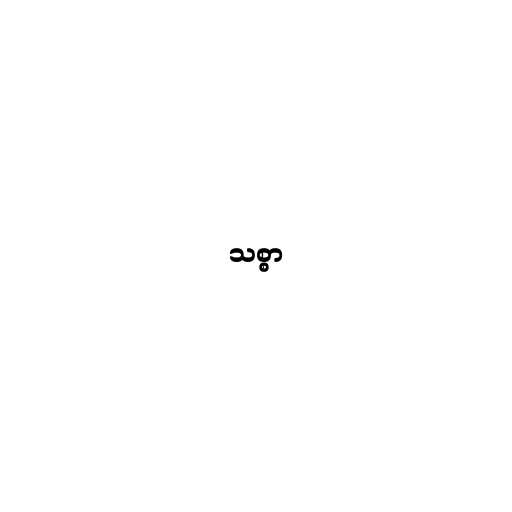
သစ္စာ